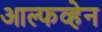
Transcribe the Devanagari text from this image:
आल्फव्हेन